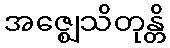
အဇ္ဈေသိတုန္တိ